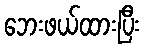
ဘေးဖယ်ထားပြီး